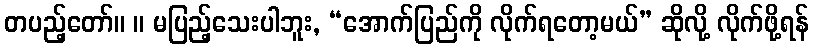
တပည့်တော်။ ။ မပြည့်သေးပါဘူး, “အောက်ပြည်ကို လိုက်ရတော့မယ်” ဆိုလို့ လိုက်ဖို့ရန်